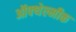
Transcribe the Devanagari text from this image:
ऑफ्थेल्मीक